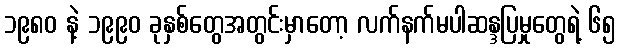
၁၉၈၀ နဲ့ ၁၉၉၀ ခုနှစ်တွေအတွင်းမှာတော့ လက်နက်မပါဆန္ဒပြမှုတွေရဲ့ ၆၅